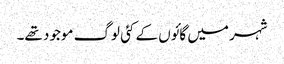
شہر میں گائوں کے کئی لوگ موجود تھے۔